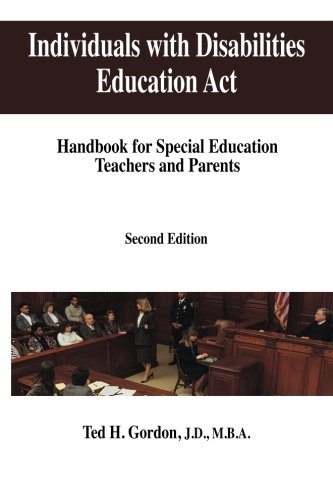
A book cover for Individuals with Disabilities Education Act: Handbook for Special Education Teachers and Parents; Ted H Gordon; Law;